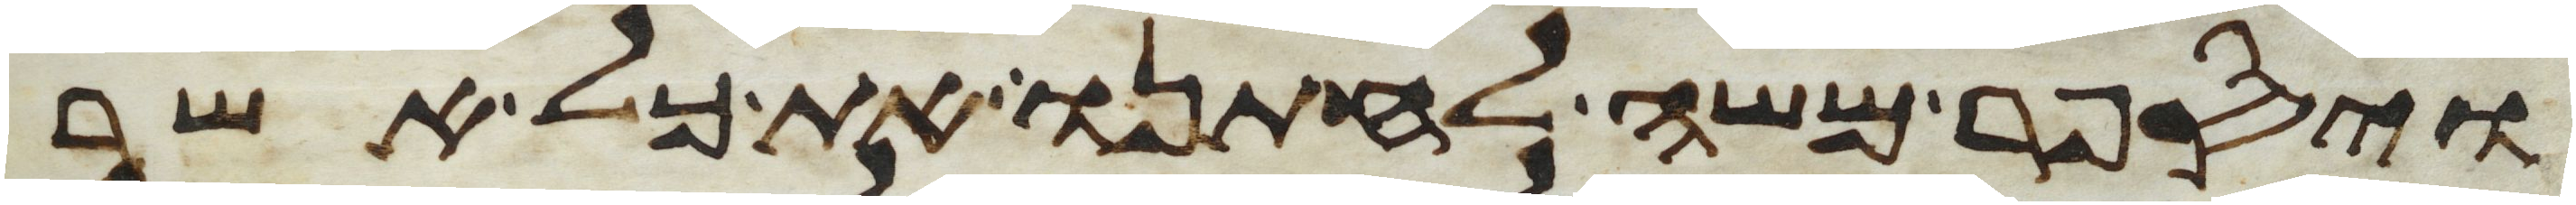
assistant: ויספר משה לחתנו את כל אשר